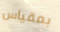
بمقياس